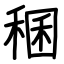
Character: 稛